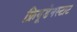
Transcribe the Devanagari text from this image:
फ्रियूडेनस्टाट